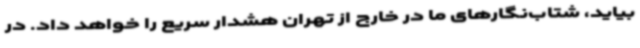
بیاید، شتاب‌نگارهای ما در خارج از تهران هشدار سریع را خواهد داد. در‌